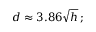
d \approx 3 . 8 6 { \sqrt { h } } \, ;